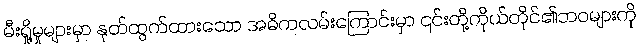
မီးရှို့မှုများမှာ နုတ်ထွက်ထားသော အဓိကလမ်းကြောင်းမှာ ၎င်းတို့ကိုယ်တိုင်၏ဘဝများကို